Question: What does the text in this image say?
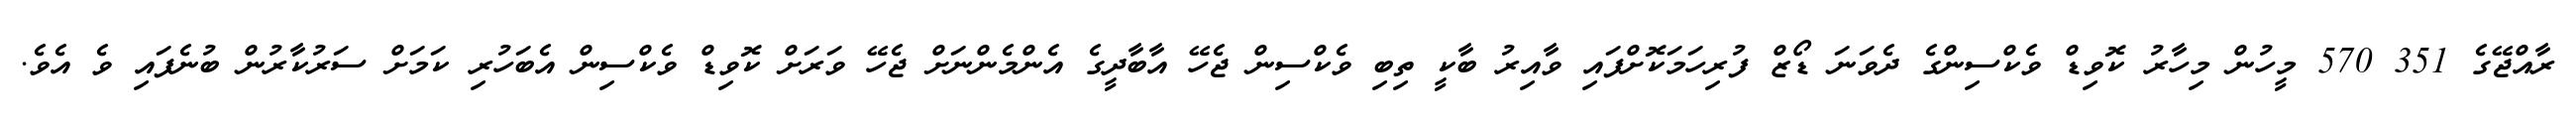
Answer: ރާއްޖޭގެ 351 570 މީހުން މިހާރު ކޮވިޑް ވެކްސިންގެ ދެވަނަ ޑޯޒް ފުރިހަމަކޮށްފައި ވާއިރު ބާކީ ތިބި ވެކްސިން ޖެހޭ އާބާދީގެ އެންމެންނަށް ޖެހޭ ވަރަށް ކޮވިޑް ވެކްސިން އެބަހުރި ކަމަށް ސަރުކާރުން ބުނެފައި ވެ އެވެ.